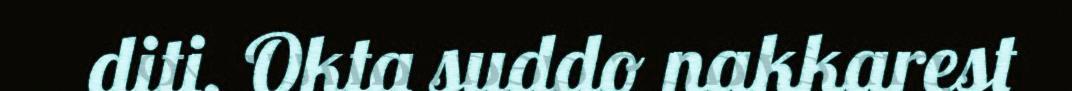
diti. Okta suddo nakkarest